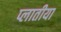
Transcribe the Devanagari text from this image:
प्लातीया